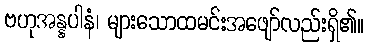
ဗဟုအန္နပါနံ၊ များသောထမင်းအဖျော်လည်းရှိ၏။